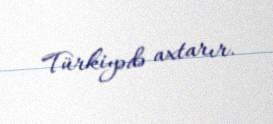
Türkiyədə axtarır.